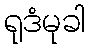
ရုဒံမုခါ